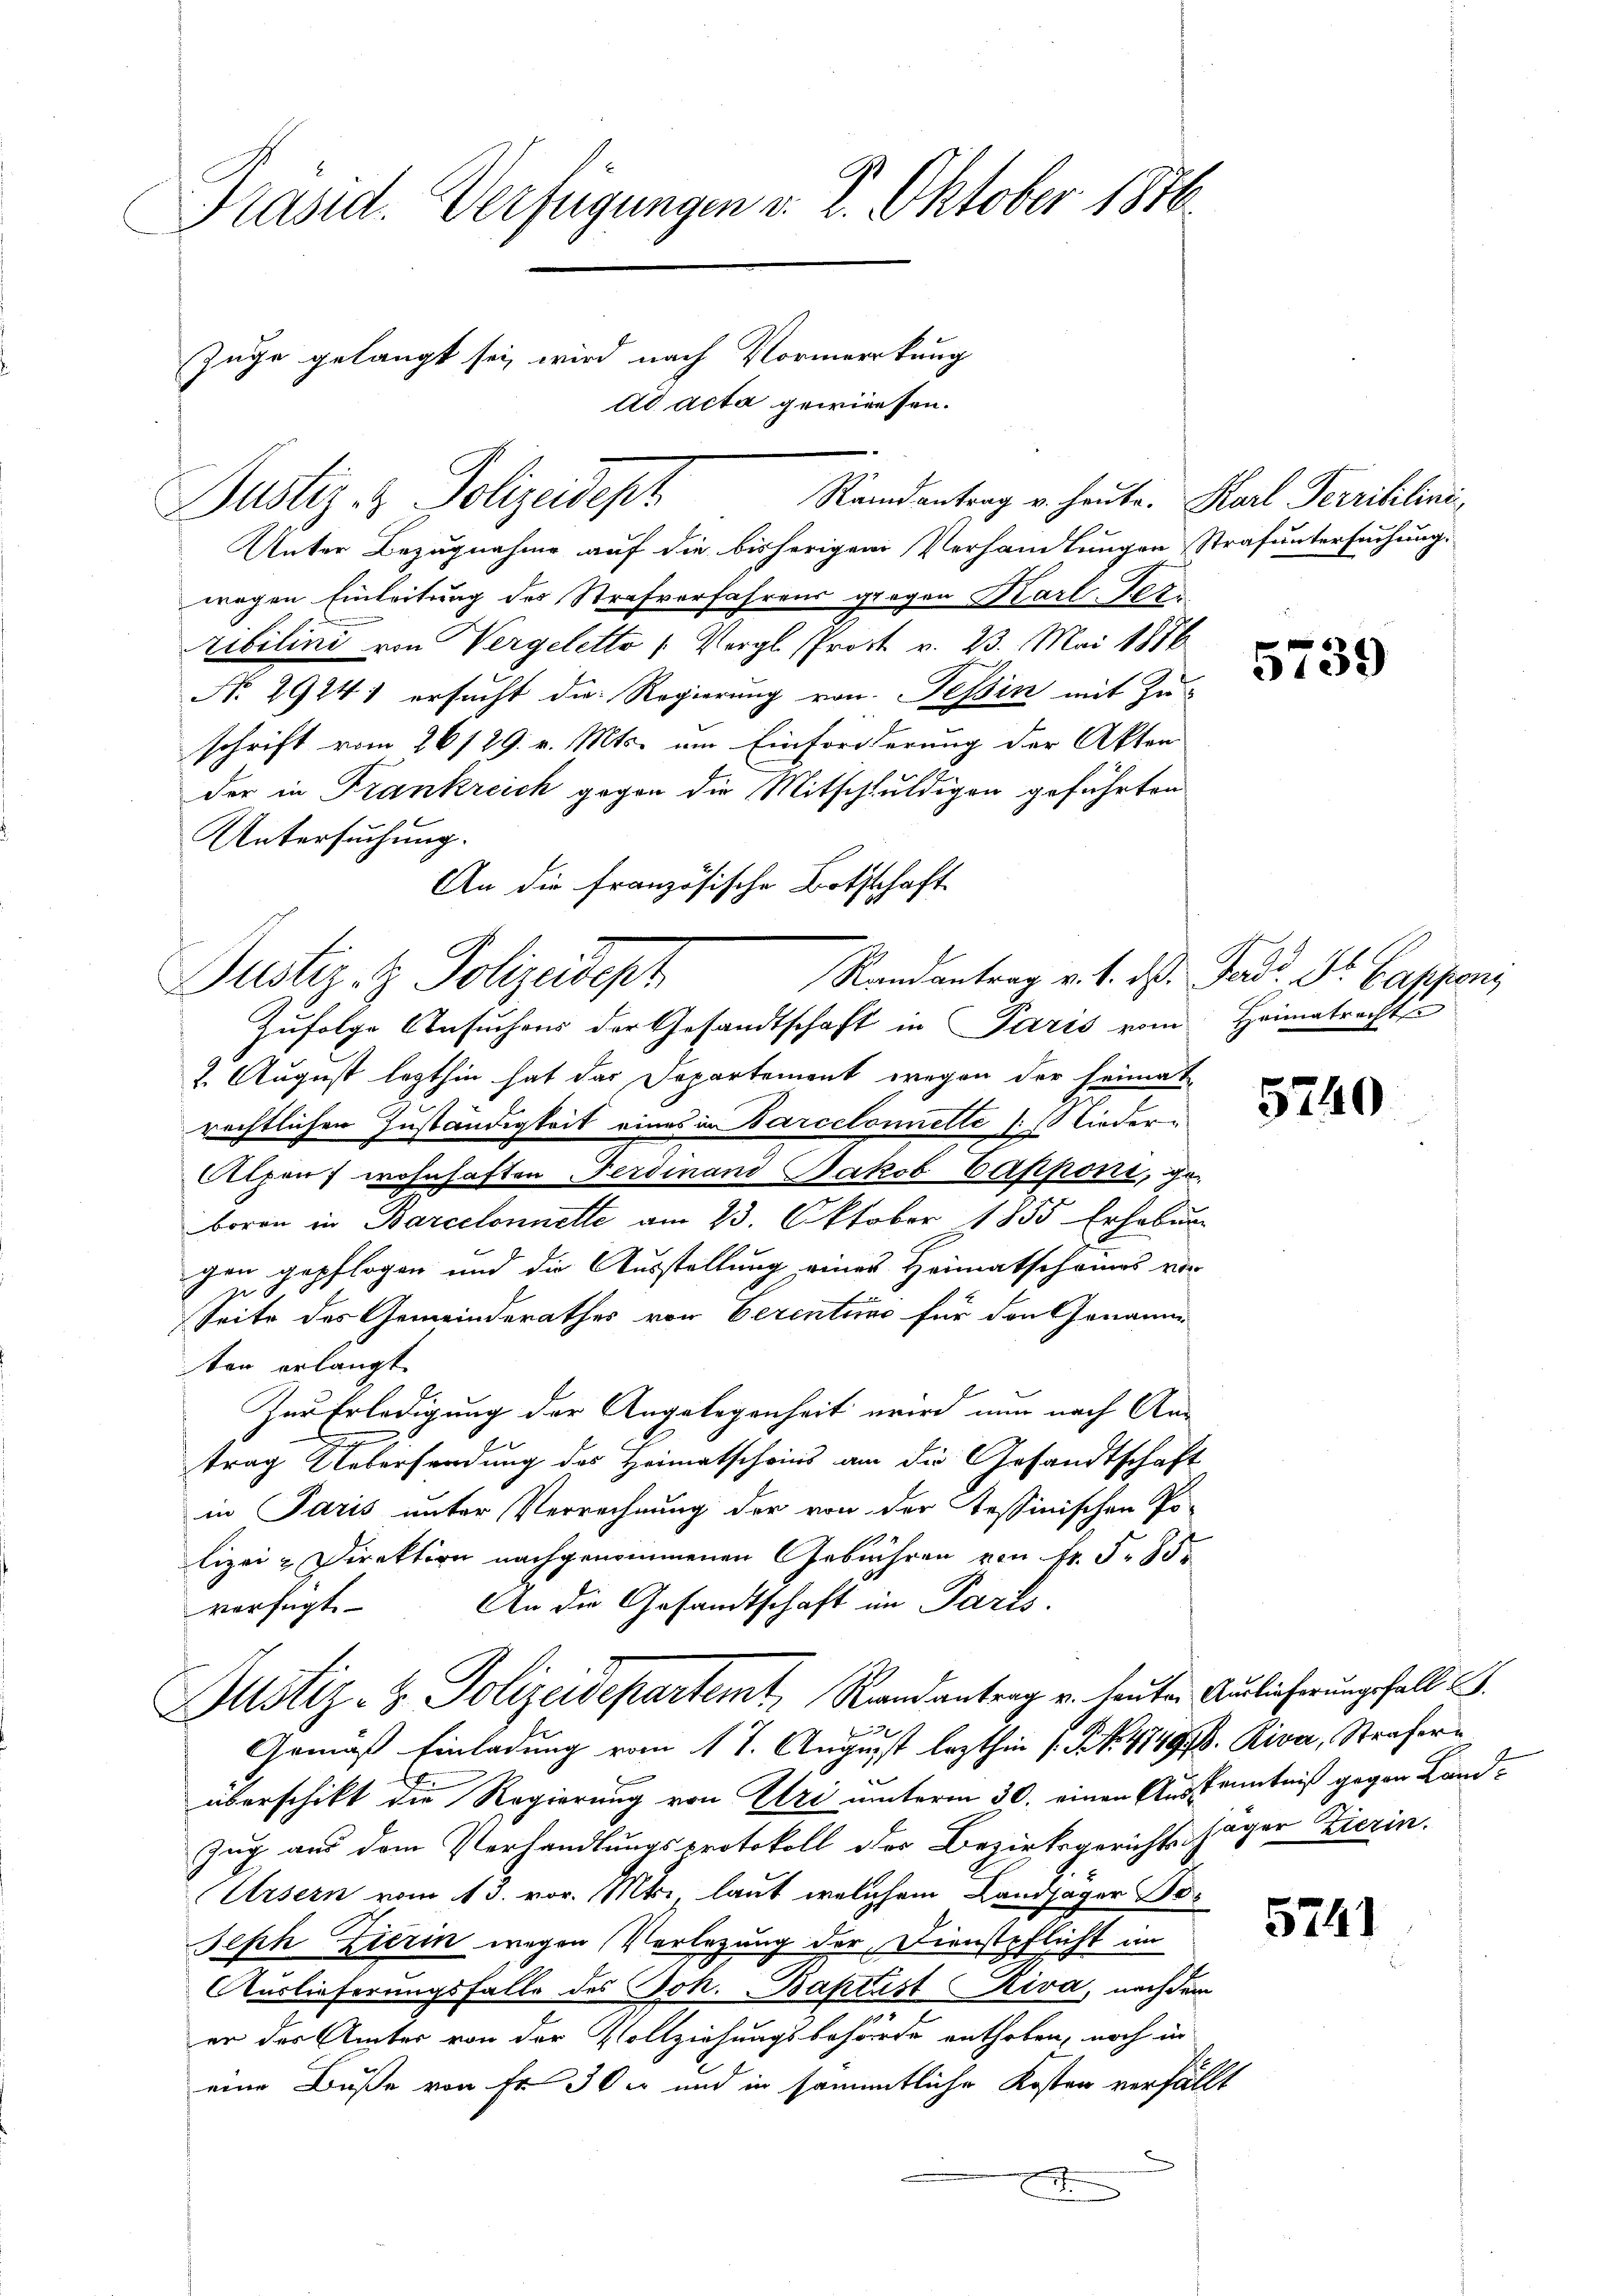
Präsid. Verfügungen v. 2. Oktober 1846
Züge gelangt sei wird nach Vormerkung
ad acta gewiesen.

Randantrag v. heute. Karl Perrililini¬
Justiz- & Polizeidept
Unter Bezugnahme auf die bisherigem Verhandlungen Strafuntersuchung.
wegen Einleitung des Strafverfahrens gegen Karl-Teribilini von Vergeletto (Vergl. Prost v. 23. Mai 1856
No 2924) ersucht die Regierung von Tessin mit Zuschrift vom 26/29. v. Mts. um Einforderung der Akten
der in Frankreich gegen die Mitschuldigen geführten
Untersuchung.
An die französische Bothschaft
2. August lezthin hat das Departement wegen der Heimat
rechtlichen Zuständigkeit eines in Barcelonnette (lieder-
Alpens wohnhaften Ferdinand Jakob Čapponi, geboren in Barcelonnette am 23. Oktober 1855 Erhebung
gen gepflogen und die Ausstellung eines Heimatschames vor
Seite des Gemeinderathes von Verentums für den Genann
ten erlangt.
Zur Erledigung der Angelegenheit wird nun nach Antrag Uebersendung des Heimatscheins am die Gesandtschaft
in Paris unter Verrechnung der von der Tessinischen Po-
lizei-Direktion nachgenommenen Gebühren von Fr. S. 85.
An die Gesandtschaft im Paris
verfügt
Justiz- & Polizeidepartemt, Randantrag u. heuten Auslieferungsfall I.
2
Gemäß Einladung vom 17. August lezthin (S. 4749/B. Riva, Straferüberschikt die Regierung von Uri unterm 30. einen Auskenntniß gegen Land¬
Zug aus dem Verhandlungsprotokoll der Bezirksgerichts Jäger Zierin.
Ursern vom 13. vor. Mts. laut welchem Landjäger Bo¬
Seph Zierin wegen Vorlegung der Dienstpflicht im
Auslieferungsfalle des Joh. Baptist Riva, nach dem
er der Amter von der Vollziehungsbehörde enthoben, noch in
eine Buße von Fr. 30 x und in sämmtliche Kosten verfällt

Randantrag v. 1. ds. Ferd. Dr. Cappeni
Justiz- & Polizeideph
Zufolge Ansuchens der Gesandtschaft in Paris vom Heimatrechts

5739

5740

5741